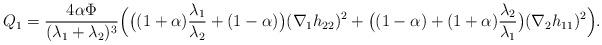
LaTeX: \begin{align*}Q_1=\frac{4\alpha \Phi}{(\lambda_1+\lambda_2)^3}\Big(\big((1+\alpha)\frac{\lambda_1}{\lambda_2}+(1-\alpha)\big)(\nabla_1h_{22})^2+\big((1-\alpha)+(1+\alpha)\frac{\lambda_2}{\lambda_1}\big)(\nabla_2h_{11})^2\Big).\end{align*}